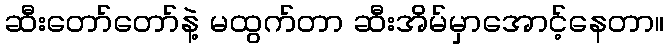
ဆီးတော်တော်နဲ့ မထွက်တာ ဆီးအိမ်မှာအောင့်နေတာ။